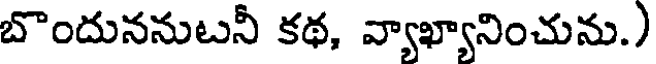
బొందుననుటనీ కథ, వ్యాఖ్యానించును.)